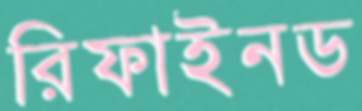
রিফাইনড